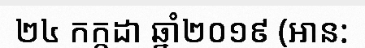
២៤ កក្តដា ឆ្នាំ២០១៩ (អាន: